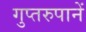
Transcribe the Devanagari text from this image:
गुप्तरुपानें